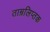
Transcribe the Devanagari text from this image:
ताम्रलिप्तक